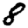
Digit: 8